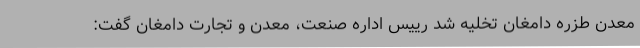
معدن طزره دامغان تخلیه شد رییس اداره صنعت، معدن و تجارت دامغان گفت: